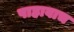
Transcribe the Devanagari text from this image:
पाहावाच